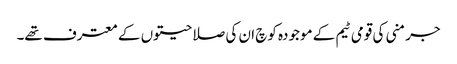
جرمنی کی قومی ٹیم کے موجودہ کوچ ان کی صلاحیتوں کے معترف تھے۔